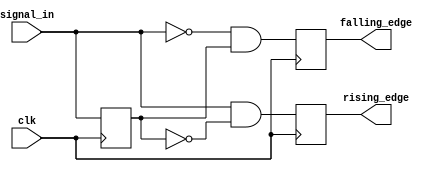
module dual_edge_detector (
    input wire clk,            // Clock input
    input wire signal_in,     // Input signal to detect edges
    output reg rising_edge,    // Output pulse for rising edge detection
    output reg falling_edge    // Output pulse for falling edge detection
);

    reg signal_in_prev; // Memory block to hold the previous state of signal_in

    always @(posedge clk) begin
        // Capture the current state of signal_in
        rising_edge <= (signal_in && !signal_in_prev); // Rising edge detected
        falling_edge <= (!signal_in && signal_in_prev); // Falling edge detected
        
        // Update the previous state for the next clock cycle
        signal_in_prev <= signal_in;
    end

endmodule